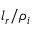
l _ { r } / \rho _ { i }